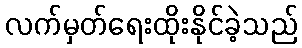
လက်မှတ်ရေးထိုးနိုင်ခဲ့သည်